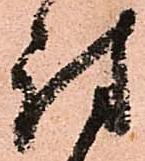
討